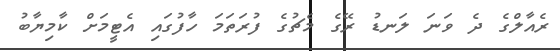
ރެއާލްގެ ދެ ވަނަ ލަނޑު ރޭގެ މެޗުގެ ފުރަތަމަ ހާފުގައި އެޓީމަށް ކާމިޔާބު